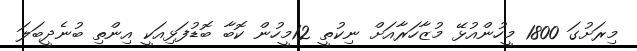
މިރަށުގަ 1800 މީހުންއުޅޭ މުޒާހަރާއަށް ނިކުތީ 12މީހުން ކޮބާ ބޮޑުފަޅިއަކީ އިންތި ބުނެދީބަލަ